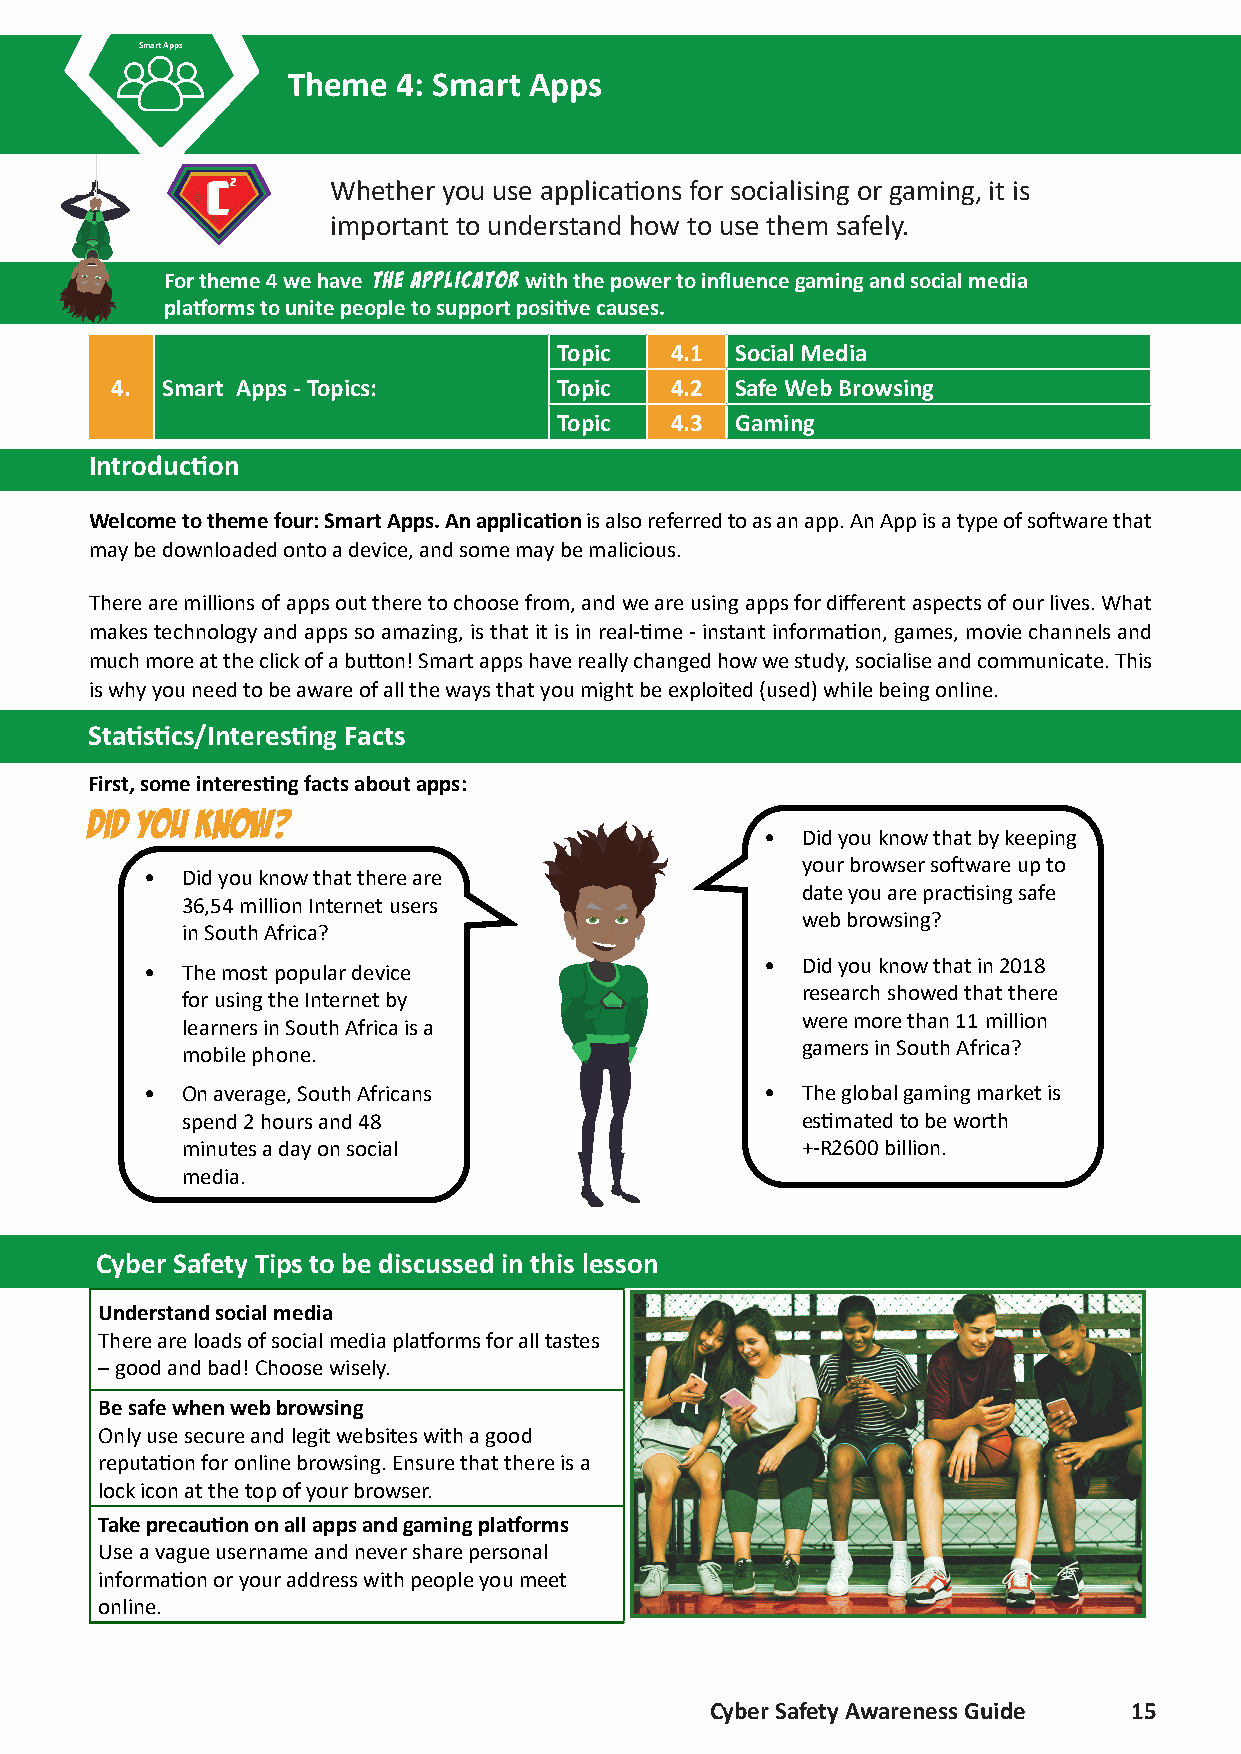
Smart Apps
 Theme  4: Smart Apps
 Whether you use applications for socialising or gaming, it is
 important to understand how to use them safely.
 For theme 4 we have the applicator with the power to influence gaming and social media
 platforms to unite people to support positive causes.
 Topic  4.1  Social Media
 4.  Smart Apps - Topics:      Topic  4.2  Safe Web Browsing
 Topic  4.3  Gaming
 Introduction
 Welcome to theme four: Smart Apps. An application is also referred to as an app. An App is a type of software that
 may be downloaded onto a device, and some may be malicious.
 There are millions of apps out there to choose from, and we are using apps for different aspects of our lives. What
 makes technology and apps so amazing, is that it is in real-time - instant information, games, movie channels and
 much more at the click of a button! Smart apps have really changed how we study, socialise and communicate. This
 is why you need to be aware of all the ways that you might be exploited (used) while being online.
 Statistics/Interesting Facts
 First, some interesting facts about apps:
 Did you know?
 • Did you know that by keeping
 your browser software up to
 • Did you know that there are
 date you are practising safe
 36,54 million Internet users
 web browsing?
 in South Africa?
 • Did you know that in 2018
 • The most popular device
 research showed that there
 for using the Internet by
 were more than 11 million
 learners in South Africa is a
 gamers in South Africa?
 mobile phone.
 • On average, South Africans             • The global gaming market is
 spend 2 hours and 48                     estimated to be worth
 minutes a day on social                  +-R2600 billion.
 media.
 Cyber Safety Tips to be discussed in this lesson
 Understand social media
 There are loads of social media platforms for all tastes
 – good and bad! Choose wisely.
 Be safe when web browsing
 Only use secure and legit websites with a good
 reputation for online browsing. Ensure that there is a
 lock icon at the top of your browser.
 Take precaution on all apps and gaming platforms
 Use a vague username and never share personal
 information or your address with people you meet
 online.
 Cyber Safety Awareness Guide 15